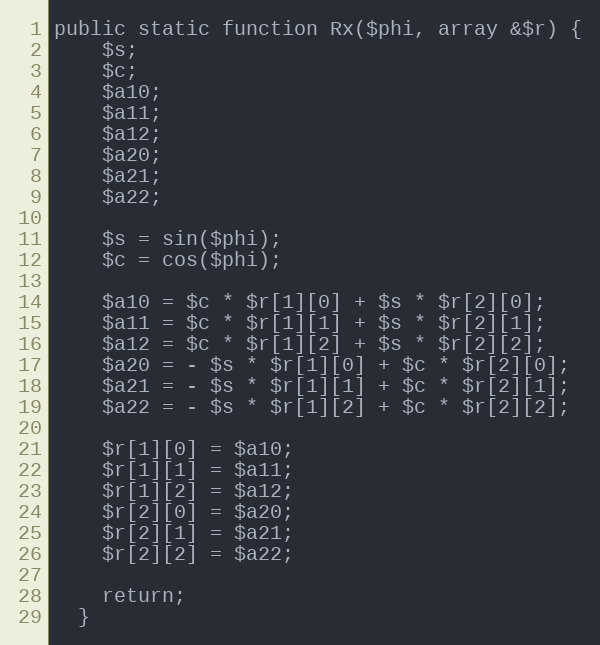
Language: PHP
public static function Rx($phi, array &$r) {
    $s;
    $c;
    $a10;
    $a11;
    $a12;
    $a20;
    $a21;
    $a22;

    $s = sin($phi);
    $c = cos($phi);

    $a10 = $c * $r[1][0] + $s * $r[2][0];
    $a11 = $c * $r[1][1] + $s * $r[2][1];
    $a12 = $c * $r[1][2] + $s * $r[2][2];
    $a20 = - $s * $r[1][0] + $c * $r[2][0];
    $a21 = - $s * $r[1][1] + $c * $r[2][1];
    $a22 = - $s * $r[1][2] + $c * $r[2][2];

    $r[1][0] = $a10;
    $r[1][1] = $a11;
    $r[1][2] = $a12;
    $r[2][0] = $a20;
    $r[2][1] = $a21;
    $r[2][2] = $a22;

    return;
  }